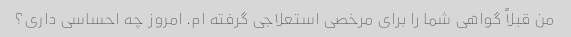
من قبلاً گواهی شما را برای مرخصی استعلاجی گرفته ام. امروز چه احساسی داری؟